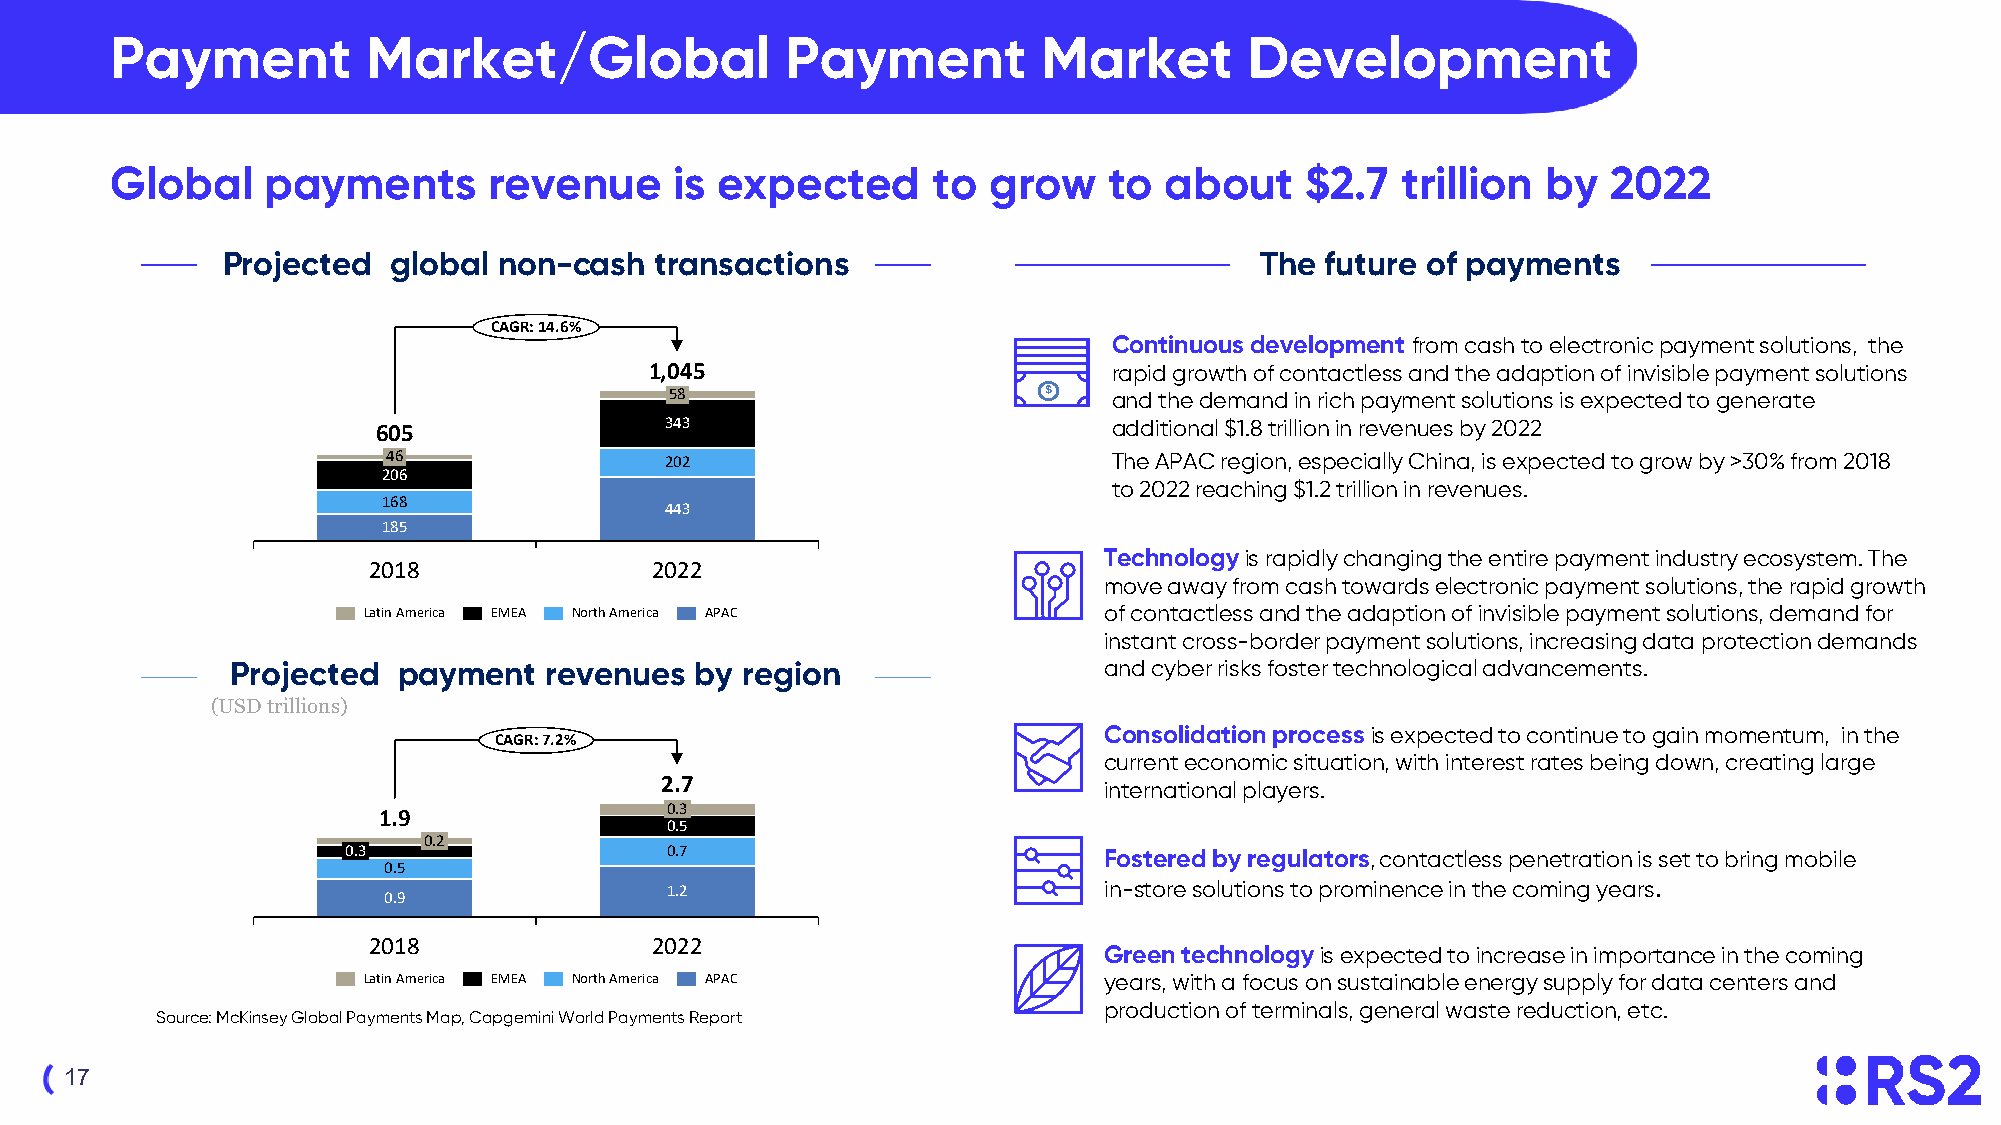
Payment          Market/Global               Payment          Market        Development
 Global     payments      revenue      is expected      to grow    to  about    $2.7   trillion by   2022
 Projected  global non-cash  transactions                            The  future of payments
 CAGR: 14.6%
 Continuous development from cash to electronic payment solutions, the
 1,045                          rapid growth of contactless and the adaption of invisible payment solutions
 58                            and the demand in rich payment solutions is expected to generate
 343                           additional $1.8 trillion in revenues by 2022
 605
 46                202                           The APAC region, especially China, is expected to grow by >30% from 2018
 206
 to 2022 reaching $1.2 trillion in revenues.
 168
 443
 185
 Technologyis rapidly changing the entire payment industry ecosystem. The
 2018               2022
 move away from cash towards electronic payment solutions, the rapid growth
 Latin America EMEA North America APAC            of contactless and the adaption of invisible payment solutions, demand for
 instant cross-border payment solutions, increasing data protection demands
 PPrroojejecctetedd pgaloymbaeln pt areyvmeennuet sr ebvye rneguieosn and cyber risks foster technological advancements.
 (U(USDS Dtr itlrliiolnliso)ns)
 Consolidation process is expected to continue to gain momentum, in the
 CAGR: 7.2%
 current economic situation, with interest rates being down, creating large
 2.7                          international players.
 0.3
 1.9
 0.5
 0.2
 0.3                  0.7                          Fostered by regulators, contactless penetration is set to bring mobile
 0.5
 1.2                          in-store solutions to prominence in the coming years.
 0.9
 2018               2022
 Green technology is expected to increase in importance in the coming
 Latin America EMEA North America APAC            years, with a focus on sustainable energy supply for data centers and
 production of terminals, general waste reduction, etc.
 Source: McKinsey Global Payments Map, Capgemini World Payments Report
 17